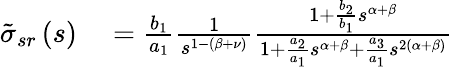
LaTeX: \begin{array}{rl}{\tilde{\sigma}_{sr}\left(s\right)}&{{}=\frac{b_{1}}{a_{1}}\frac{1}{s^{1-\left(\beta+\nu\right)}}\frac{1+\frac{b_{2}}{b_{1}}s^{\alpha+\beta}}{1+\frac{a_{2}}{a_{1}}s^{\alpha+\beta}+\frac{a_{3}}{a_{1}}s^{2\left(\alpha+\beta\right)}}}\end{array}